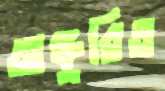
অঙ্কুরিত